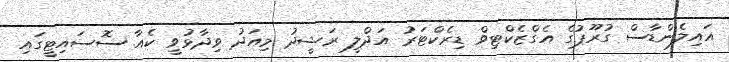
އައިލެންޑާސް ގުރޫޕުގެ އެގްޒެކްޓިވް ޑިރެކްޓަރު އަދްލީ ރަޝީދު މިއަދު ވިދާޅުވީ ކެއާ ސޮސައިޓީގައި